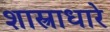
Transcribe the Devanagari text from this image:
शास्त्राधारे